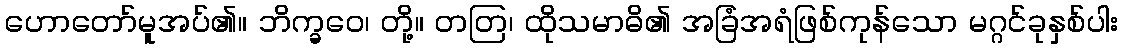
ဟောတော်မူအပ်၏။ ဘိက္ခဝေ၊ တို့။ တတြ၊ ထိုသမာဓိ၏ အခြံအရံဖြစ်ကုန်သော မဂ္ဂင်ခုနှစ်ပါး